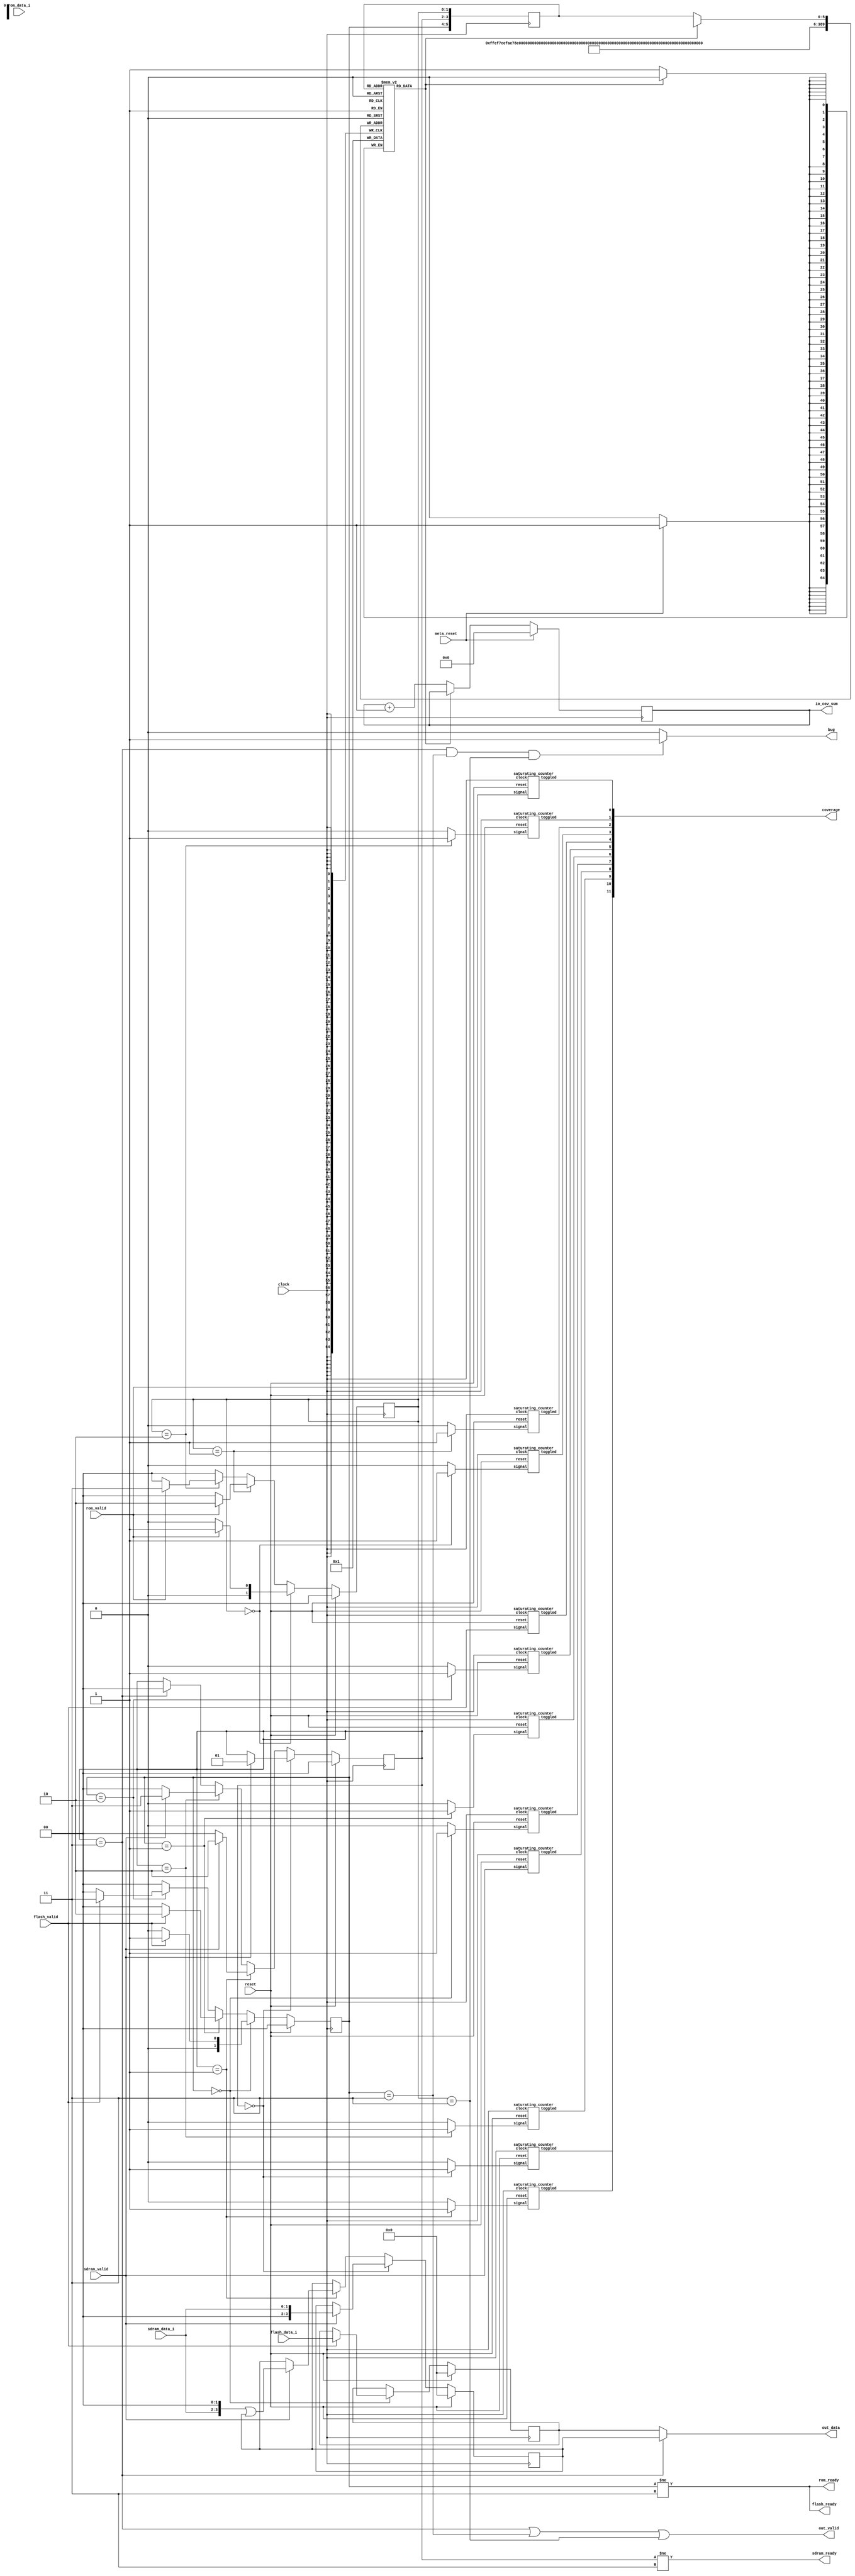
`define READY_S 2'h0
`define PENDING_S1 2'h1
`define PENDING_S2 2'h2
`define BUSY_S 2'h3

`define READY_F 2'h0
`define PENDING_F1 2'h1
`define PENDING_F2 2'h2
`define BUSY_F 2'h3

`define READY_R 2'h0
`define PENDING_R1 2'h1
`define PENDING_R2 2'h2
`define BUSY_R 2'h3


module mem_ctrl(
  input clock,
  input reset,
  input meta_reset,

  input        sdram_valid, 
  input [1:0]  sdram_data_i,
  input        flash_valid,
  input [3:0]  flash_data_i,
  input        rom_valid,
  input        rom_data_i,

  output       sdram_ready,
  output       flash_ready,
  output       rom_ready,

  output       out_valid,
  output [3:0] out_data,

  output [11:0] coverage,
  output [5:0] io_cov_sum,
  output bug
);

  reg[1:0] state_sdram; // READY, RECEIVING, BUSY
  reg[1:0] state_flash; // READY, BUSY
  reg[1:0] state_rom;

  reg[3:0] data_sdram;
  reg[3:0] data_flash;
  reg[3:0] data_rom;

  reg covmap[0:63];
  reg[5:0] reg_state;
  reg[5:0] covsum;

  assign io_cov_sum = covsum;

  integer i;
  initial begin
    for (i=0; i<64; i=i+1)
      covmap[i] = 0;
    covsum = 0;
  end

  always @(posedge clock) begin
    reg_state <= {state_flash, state_sdram, state_rom};

    if (!covmap[reg_state]) begin
      covsum <= covsum + 1'h1;
      covmap[reg_state] <= 1'h1;
    end

    if (meta_reset) begin
      covsum <= 6'h0;
      for (i=0; i<64; i=i+1)
        covmap[i] = 1'h0;
    end
  end

  assign bug = ((state_sdram == `BUSY_S) && (state_flash == `BUSY_F) && (state_rom == `BUSY_R))? 1 : 0;
    
/********** combinational **********/

  assign sdram_ready = (state_sdram != `BUSY_S);
  assign flash_ready = (state_flash != `BUSY_F);
  assign rom_ready = (state_flash != `BUSY_F);

  assign out_valid = (state_sdram == `BUSY_S) ||
                      (state_flash == `BUSY_F) ||
                      (state_rom == `BUSY_R);
  assign out_data = (state_sdram == `BUSY_S) ?
                      data_sdram : data_flash;

/********** sequential **********/

  always @(posedge clock) begin
    if (reset) begin
      state_sdram <= `READY_S;
      state_flash <= `READY_F;
      state_rom <= `READY_R;
      data_sdram <= 4'h0;
      data_flash <= 4'h0;
      data_rom <= 4'h0;
    end else begin
      if (state_sdram == `READY_S) begin
        if (sdram_valid) begin
          state_sdram <= `PENDING_S1;
          data_sdram <= {2'b00, sdram_data_i};
        end
      end else if (state_sdram == `PENDING_S1) begin
        if (sdram_valid) begin
          state_sdram <= `PENDING_S2;
          data_sdram <= {sdram_data_i, 2'b00} | data_sdram;
        end else begin
          state_sdram <= `READY_S;
        end 
      end else if (state_sdram == `PENDING_S2) begin
        if (sdram_valid) begin
          state_sdram <= `BUSY_S;
        end else begin
          state_sdram <= `READY_S;
        end
      end else if (state_sdram == `BUSY_S) begin
        state_sdram <= `READY_S;
      end

      if (state_flash == `READY_F) begin
        if (flash_valid) begin
          state_flash <= `PENDING_F1;
          data_flash <= flash_data_i;
        end else begin
          state_flash <= `READY_F;
        end
      end else if (state_flash == `PENDING_F1) begin
        if (flash_valid) begin
          state_flash <= `PENDING_F2;
        end else begin
          state_flash <= `READY_F;
        end
      end else if (state_flash == `PENDING_F2) begin
        if (flash_valid) begin
          state_flash <= `BUSY_F;
        end else begin
          state_flash <= `READY_F;
        end
      end else begin
        state_flash <= `READY_F;
      end

      if (state_rom == `READY_R) begin
        if (rom_valid) begin
          state_rom <= `PENDING_R1;
          data_rom <= {3'b000, rom_data_i};
        end else begin
          state_rom <= `READY_R;
        end
      end else if (state_rom == `PENDING_R1) begin
        if (rom_valid) begin
          state_rom <= `PENDING_R2;
          data_rom <= {2'b00, rom_data_i, 1'b0} | data_rom;
        end else begin
          state_rom <= `READY_R;
        end
      end else if (state_rom == `PENDING_R2) begin
        if (rom_valid) begin
          state_rom <= `BUSY_R;
          data_rom <= {1'b0, rom_data_i, 2'b00} | data_rom;
        end else begin
          state_rom <= `READY_R;
        end
      end else begin
        state_rom <= `READY_R;
      end
    end
  end

wire mux1;
wire mux2;
wire mux3;
wire mux4;
wire mux5;
wire mux6;
wire mux7;
wire mux8;
wire mux9;
wire mux10;
wire mux11;
wire mux12;
wire mux13;
wire mux14;
wire mux15;

wire tog1;
wire tog2;
wire tog3;
wire tog4;
wire tog5;
wire tog6;
wire tog7;
wire tog8;
wire tog9;
wire tog10;
wire tog11;
wire tog12;
wire tog13;
wire tog14;
wire tog15;

wire [11:0] mux_cov;
assign mux_cov = {tog1, tog2, tog3, tog4, tog5, tog6, tog7, tog8, tog9, tog10, tog11, tog12};
assign coverage = mux_cov;

assign mux1 = (state_sdram == `READY_S)? 1 : 0;
assign mux2 = (state_sdram == `PENDING_S1)? 1 : 0;
assign mux3 = (state_sdram == `PENDING_S2)? 1 : 0;
assign mux4 = sdram_valid;

assign mux5 = (state_flash == `READY_F)? 1 : 0;
assign mux6 = (state_flash == `PENDING_F1)? 1 : 0;
assign mux7 = (state_flash == `PENDING_F2)? 1 : 0;
assign mux8 = flash_valid;

assign mux9 = (state_rom == `READY_R)? 1 : 0;
assign mux10 = (state_rom == `PENDING_R1)? 1 : 0;
assign mux11 = (state_rom == `PENDING_R2)? 1 : 0;
assign mux12 = rom_valid;

saturating_counter c1(
  .clock(clock),
  .reset(reset),
  .signal(mux1),
  .toggled(tog1)
);
saturating_counter c2(
  .clock(clock),
  .reset(reset),
  .signal(mux2),
  .toggled(tog2)
);
saturating_counter c3(
  .clock(clock),
  .reset(reset),
  .signal(mux3),
  .toggled(tog3)
);
saturating_counter c4(
  .clock(clock),
  .reset(reset),
  .signal(mux4),
  .toggled(tog4)
);
saturating_counter c5(
  .clock(clock),
  .reset(reset),
  .signal(mux5),
  .toggled(tog5)
);
saturating_counter c6(
  .clock(clock),
  .reset(reset),
  .signal(mux6),
  .toggled(tog6)
);
saturating_counter c7(
  .clock(clock),
  .reset(reset),
  .signal(mux7),
  .toggled(tog7)
);
saturating_counter c8(
  .clock(clock),
  .reset(reset),
  .signal(mux8),
  .toggled(tog8)
);
saturating_counter c9(
  .clock(clock),
  .reset(reset),
  .signal(mux9),
  .toggled(tog9)
);
saturating_counter c10(
  .clock(clock),
  .reset(reset),
  .signal(mux10),
  .toggled(tog10)
);
saturating_counter c11(
  .clock(clock),
  .reset(reset),
  .signal(mux11),
  .toggled(tog11)
);
saturating_counter c12(
  .clock(clock),
  .reset(reset),
  .signal(mux12),
  .toggled(tog12)
);
endmodule

module saturating_counter(
  input clock,
  input reset,

  input signal,
  output toggled
);

reg count;
reg last;

assign toggled = count;

always @(posedge clock) begin
  if (reset) begin
    count <= 0;
  end else if (last ^ signal) begin
    count <= 1;
  end

  last <= signal;
end
endmodule